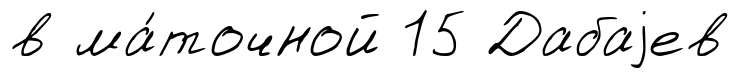
в ма́точной 15 Дабаjев